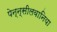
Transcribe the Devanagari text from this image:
पेन्न्सीलवानिया